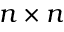
n \times n